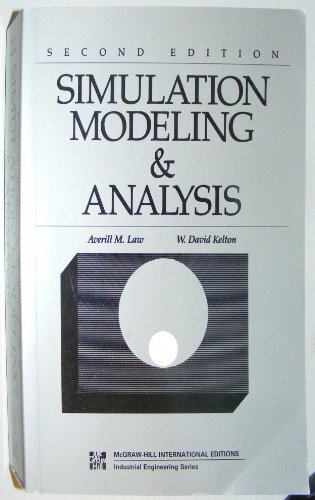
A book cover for Simulation Modeling and Analysis (McGraw-Hill International Editions: Industrial Engineering Series); Averill M. Law; Computers & Technology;